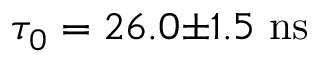
\tau _ { 0 } = 2 6 . 0 { \pm } 1 . 5 \ \mathrm { n s }